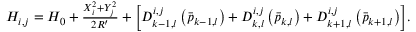
\begin{array} { r } { H _ { i , j } = H _ { 0 } + \frac { X _ { i } ^ { 2 } + Y _ { j } ^ { 2 } } { 2 R ^ { \prime } } + \biggl [ D _ { k - 1 , l } ^ { i , j } \left( \Bar { p } _ { k - 1 , l } \right) + D _ { k , l } ^ { i , j } \left( \Bar { p } _ { k , l } \right) + D _ { k + 1 , l } ^ { i , j } \left( \Bar { p } _ { k + 1 , l } \right) \biggr ] . } \end{array}